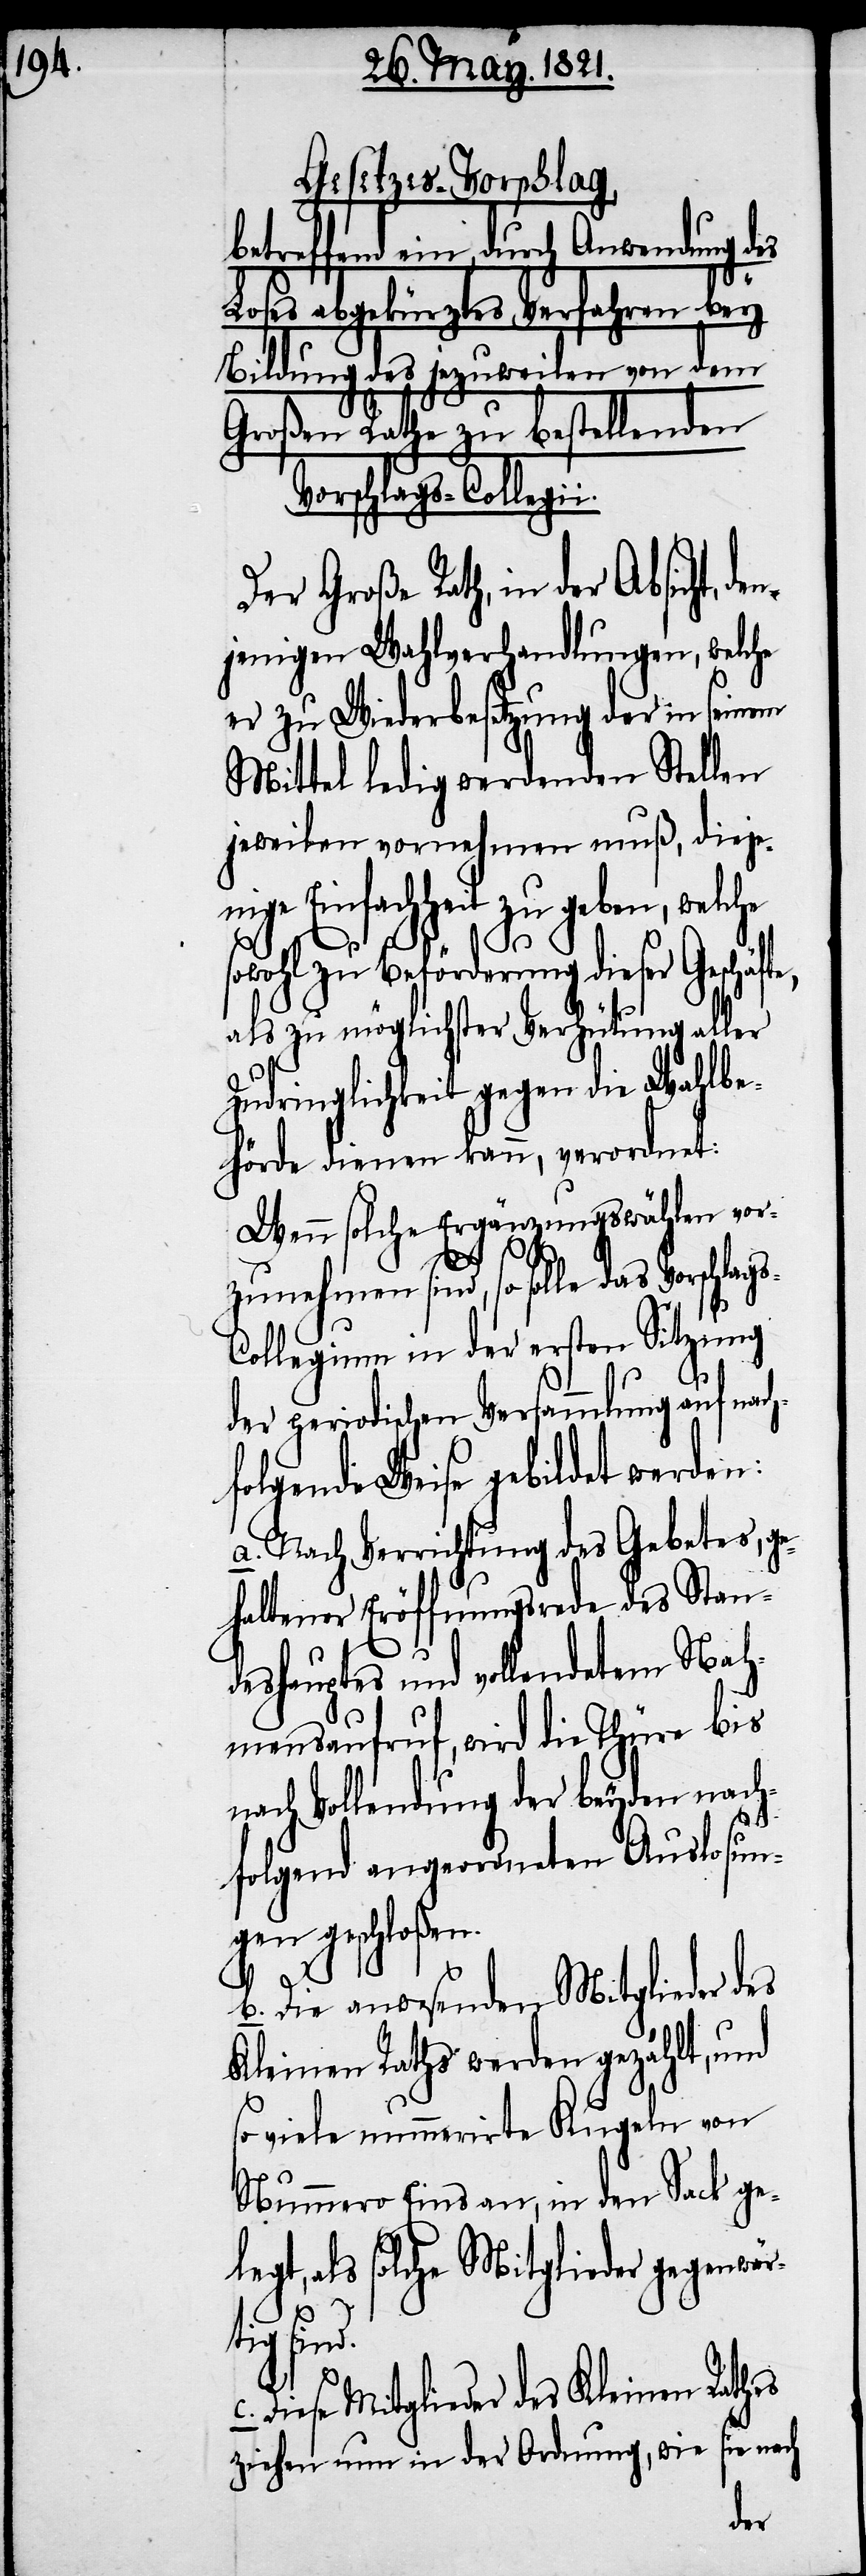
Gesetzes-Vorschlag
betreffend ein, durch Anwendung des
abgekürztes Verfahren bey
Großen Rathe zu bestellenden
Vorschlags-Collegii.
Der Große Rath, in der
jenigen Wahlverhandlungen, welche
er zu Widerbesetzung der in seinem
Mittel ledig gewordenen Stellen
jeweilen vornehmen muß, dieje¬
nige Einfachheit zu geben, welche
sowohl zu Beförderung dieser Geschäfte,
als zu möglichster Verhütung aller
Zudringlichkeit gegen die Wahlbe¬
hörde dienen kann, verordnet:
Wenn solche Ergänzungswahlen vor¬
zunehmen sind, so solle das Vorschlag¬
ollegium in der ersten Sitzung
der periodischen Versammlung auf nach¬
folgende Weise gebildet werden:
a. Nach Verrichtung des Gebetes, g¬
ehaltener Eröffnungsrede des Stan¬
deshauptes und vollendetem Nah¬
mensaufruf, wird die Thüre bis
ach Vollendung der beyden nach¬
folgenden angeordneten Auslosun¬
gen geschloßen.
b. Die anwesenden Mitglieder des
Kleinen Raths werden gezählt, und
viele nummerirte Kugeln von
Nummero Eins an, in den Sack gel¬
egt, als solche Mitglieder gegenwär¬
c.
tig sin¬
Diese Mitglieder des Kleinen Rathes
sie nach
ziehen nun in der Ordnung, wie
dem